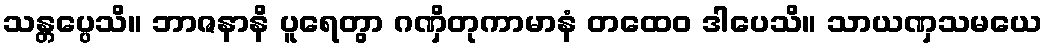
သန္တပ္ပေသိ။ ဘာဇနာနိ ပူရေတွာ ဂဏှိတုကာမာနံ တထေဝ ဒါပေသိ။ သာယဏှသမယေ